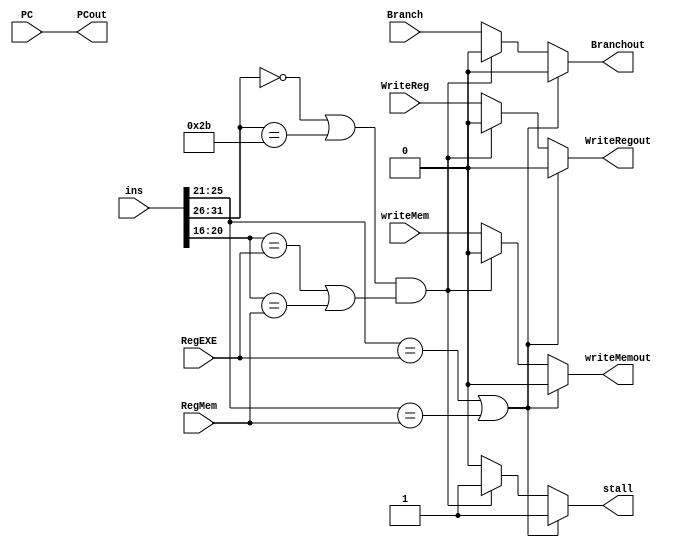
`timescale 1ns / 1ps
//////////////////////////////////////////////////////////////////////////////////
// Company: 
// Engineer: 
// 
// Design Name: 
// Module Name:    PushStall 
// Project Name: 
// Target Devices: 
// Tool versions: 
// Description: 
//
// Dependencies: 
//
// Revision: 
// Revision 0.01 - File Created
// Additional Comments: 
//
//////////////////////////////////////////////////////////////////////////////////
module PushStall(
    input WriteReg,
    input writeMem,
    input Branch,
    input [31:0] PC,
    input [4:0] RegEXE,
    input [4:0] RegMem,
	 input [31:0] ins,
    output reg [31:0] PCout,
    output reg Branchout,
    output reg writeMemout,
    output reg WriteRegout,
	 output reg stall
    );
	 always @* begin
		if (ins[25:21]==RegEXE||ins[25:21]==RegMem) begin
			stall=1;
			PCout=PC;
			Branchout=0;
			writeMemout=0;
			WriteRegout=0;
		end
		else if ((ins[31:26]==6'b000000||ins[31:26]==6'b101011)&&(ins[20:16]==RegEXE||ins[20:16]==RegMem)) begin
			stall=1;
			PCout=PC;
			Branchout=0;
			writeMemout=0;
			WriteRegout=0;
		end
		else begin
			stall=0;
			PCout=PC;
			Branchout=Branch;
			writeMemout=writeMem;
			WriteRegout=WriteReg;
		end
	 end

endmodule